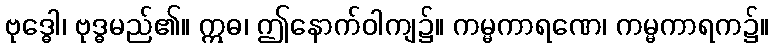
ဗုဒ္ဓေါ၊ ဗုဒ္ဓမည်၏။ ဣဓ၊ ဤနောက်ဝါကျ၌။ ကမ္မကာရဏေ၊ ကမ္မကာရက၌။